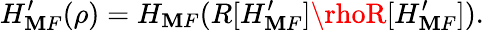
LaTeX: H_{\mathbf{M}F}^{\prime}(\rho)=H_{\mathbf{M}F}(R[H_{\mathbf{M}F}^{\prime}]\rhoR[H_{\mathbf{M}F}^{\prime}]).